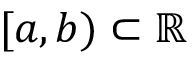
[ a , b ) \subset \mathbb { R }